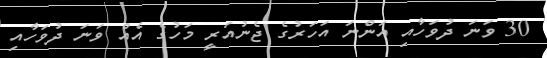
30 ވަނަ ދުވަހާއި އަންނަ އަހަރުގެ ޖެނުއަރީ މަހުގެ އެއް ވަނަ ދުވަހާއި